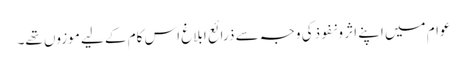
عوام میں اپنے اثر و نفوذکی وجہ سے ذرائع ابلاغ اس کام کے لیے موزوں تھے۔